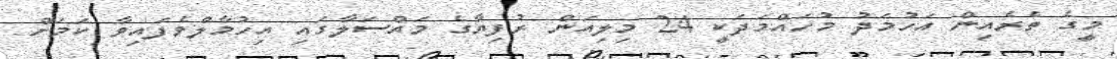
މީގެ ތެރެއިން އަހުމަދު މުހައްމަދަކީ 24 މިލިއަން ރުފިޔާގެ މައްސަލާގައި އިހުމާލްވެފައިވާ ކަމަށް